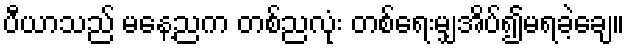
ပီယာသည် မနေ့ညက တစ်ညလုံး တစ်ရေးမျှအိပ်၍မရခဲ့ချေ။